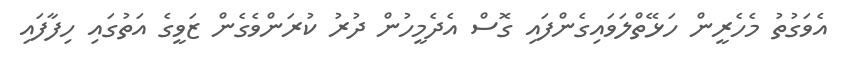
އެވަގުތު މެހެރީން ހަޅޭތްލަވައިގެންފައި ގޮސް އެދެމީހުން ދުރު ކުރަންވެގެން ޒަވީގެ އަތުގައި ހިފާފައި